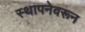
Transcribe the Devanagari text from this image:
स्थापनेवरून